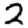
Digit: 2